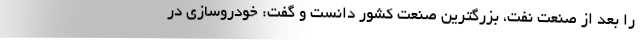
را بعد از صنعت نفت، بزرگترین صنعت کشور دانست و گفت: خودروسازی در